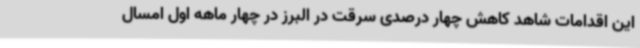
این اقدامات شاهد کاهش چهار درصدی سرقت در البرز در چهار ماهه اول امسال